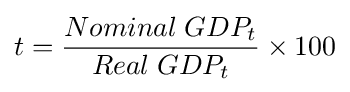
t={\frac {Nominal\;GDP_{t}}{Real\;GDP_{t}}}\times 100